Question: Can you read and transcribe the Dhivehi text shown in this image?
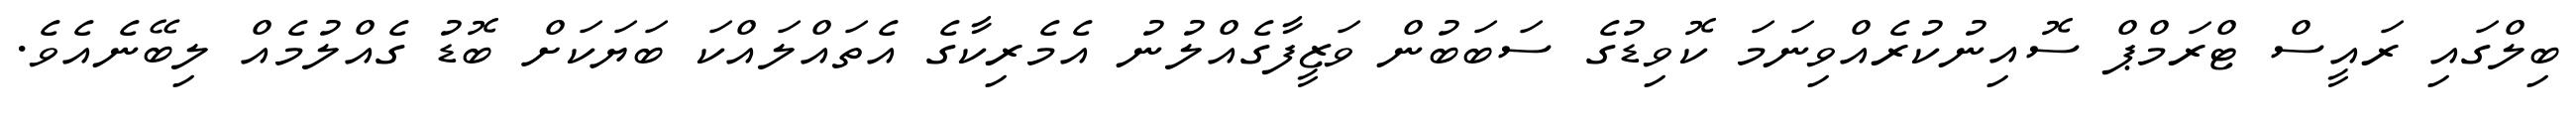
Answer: ބިލްގައި ރައީސް ޓްރަމްޕް ސޮއިނުކުރެއްވިނަމަ ކޮވިޑުގެ ސަބަބުން ވަޒީފާގެއްލުނު އެމެރިކާގެ އެތައްލައްކަ ބަޔަކަށް ބޮޑު ގެއްލުމެއް ލިބޭނެއެވެ.